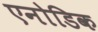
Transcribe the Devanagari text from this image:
एनोडिक